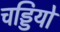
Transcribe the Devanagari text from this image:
चड्डियों